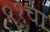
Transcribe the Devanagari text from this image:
९१वा